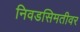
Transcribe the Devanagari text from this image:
निवडसिमतीवर